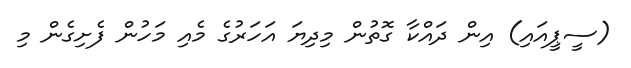
(ސީޕީއައި) އިން ދައްކާ ގޮތުން މިދިޔަ އަހަރުގެ މެއި މަހުން ފެށިގެން މި